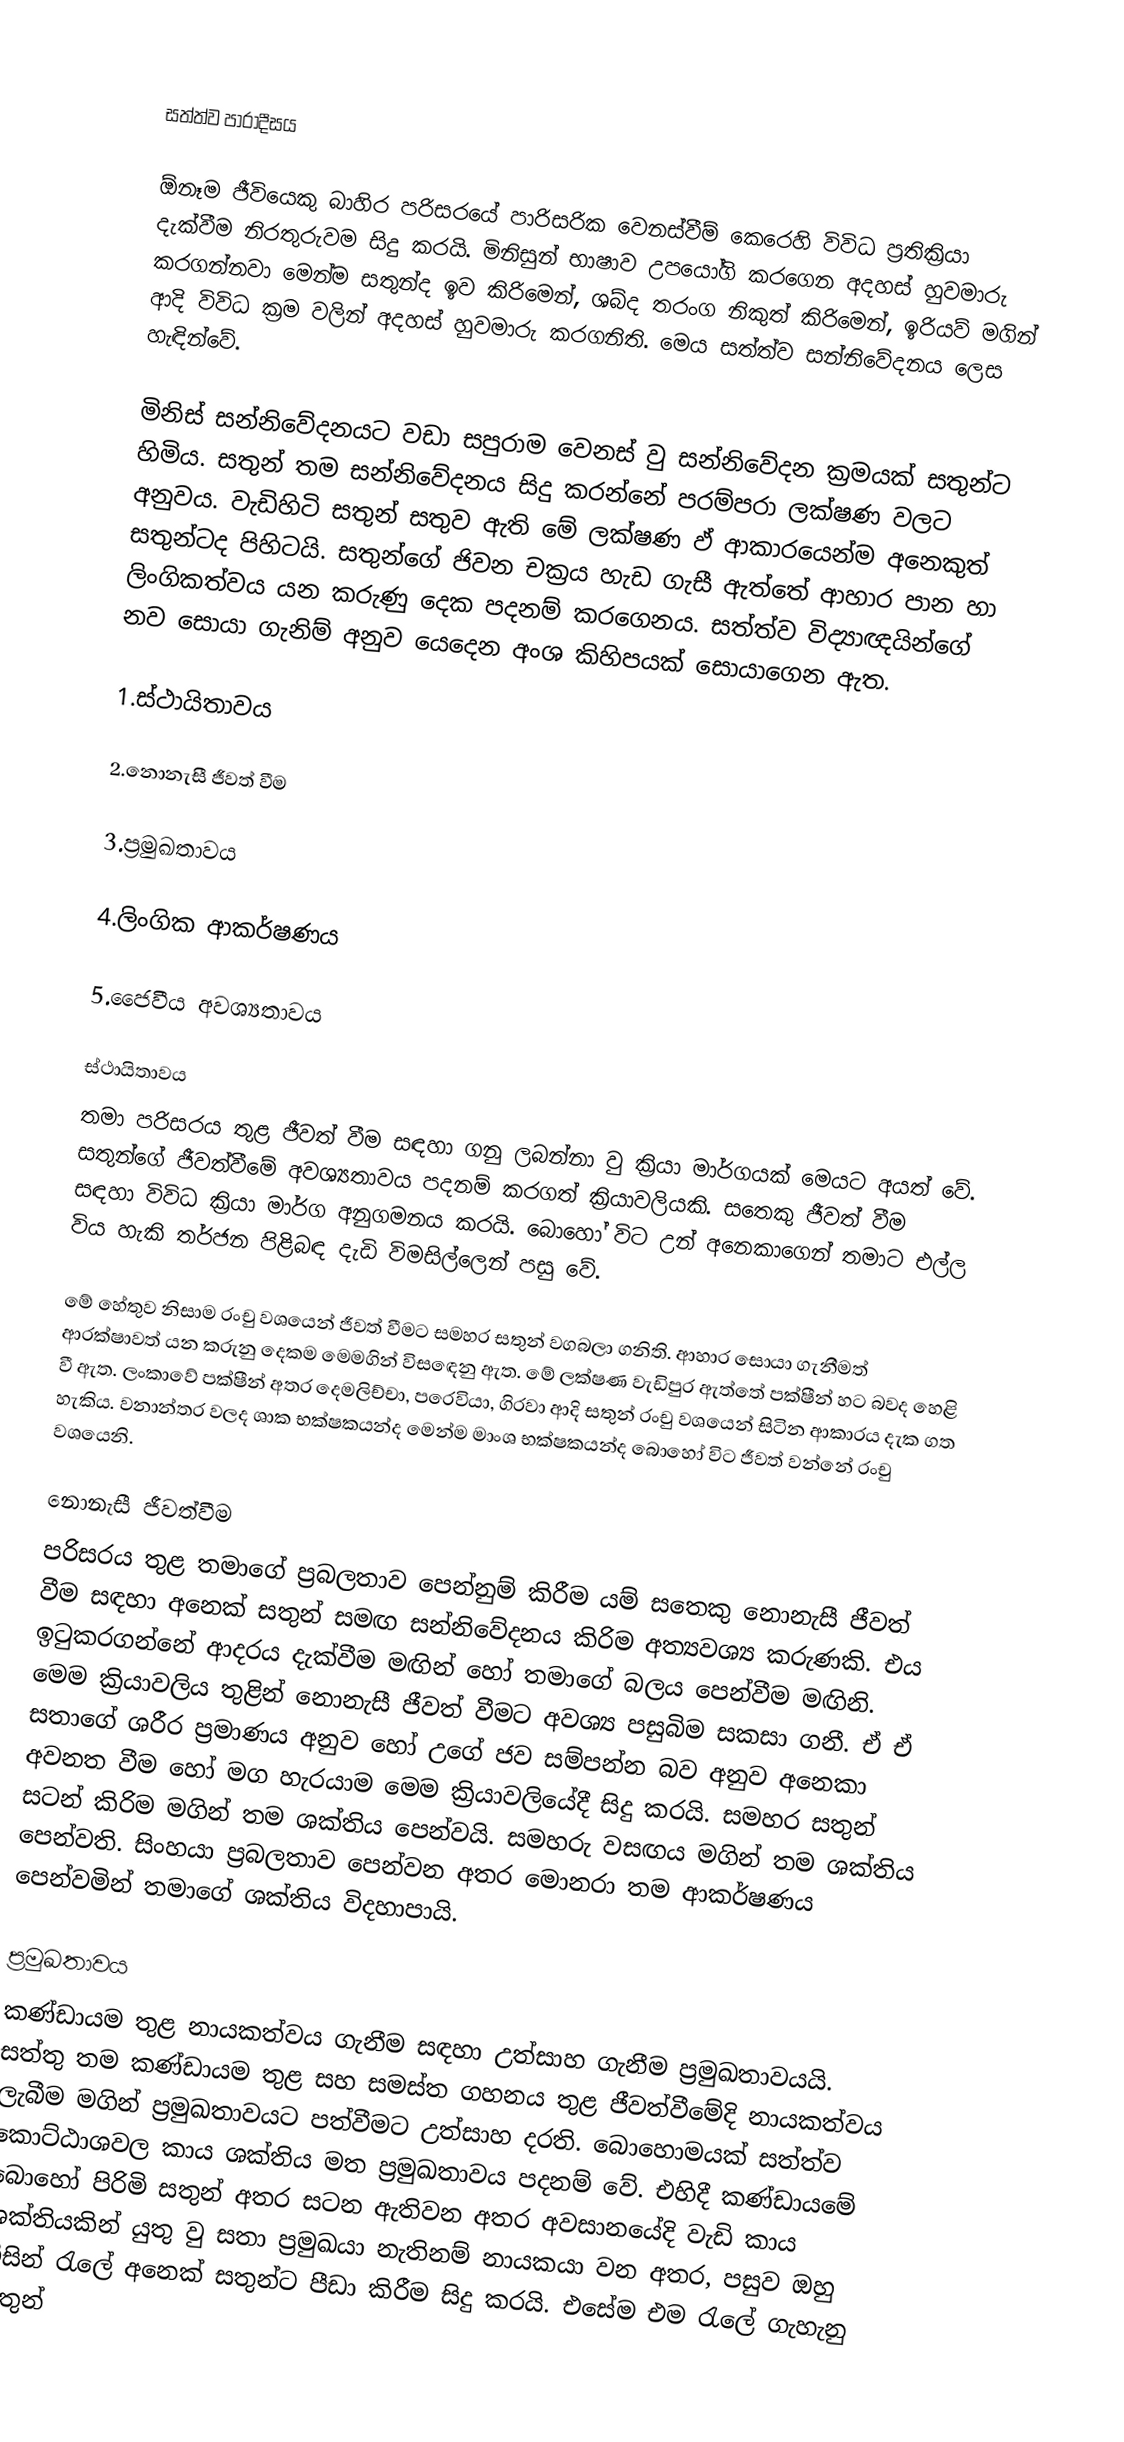

සත්ත්ව පාරාදීසය

ඕනෑම ජීවියෙකු බාහිර පරිසරයේ පාරිසරික වෙනස්වීම් කෙරෙහි විවිධ ප්‍රතික්‍රියා දැක්වීම නිරතුරුවම සිදු කරයි‍. මිනිසුන් භාෂාව උපයෝගි කරගෙන අදහස් හුවමාරු කරගන්නවා මෙන්ම සතුන්ද ඉව කිරිමෙන්, ශබ්ද තරංග නිකුත් කිරිමෙන්, ඉරියව් මගින් ආදි විවිධ ක්‍රම වලින් අදහස් හුවමාරු කරගනිති. මෙය සත්ත්ව සන්නිවේදනය ලෙස හැඳින්වේ.

මිනිස් සන්නිවේදනයට වඩා සපුරාම වෙනස් වු සන්නිවේදන ක්‍රමයක් සතුන්ට හිමිය. සතුන් තම සන්නිවේදනය සිදු කරන්නේ පරම්පරා ලක්ෂණ වලට අනුවය. වැඩිහිටි සතුන් සතුව ඇති මේ ලක්ෂණ ඵ් ආකාරයෙන්ම අනෙකුත් සතුන්ටද පිහිටයි. සතුන්ගේ ජිවන චක්‍රය හැඩ ගැසී ඇත්තේ ආහාර පාන හා ලිංගිකත්වය යන කරුණු දෙක පදනම් කරගෙනය. සත්ත්ව විද්‍යාඥයින්ගේ නව සොයා ගැනිම් අනුව යෙදෙන අංශ කිහිපයක් සොයාගෙන ඇත.

		1.ස්ථායිතාවය

		2.නොනැසී ජීවත් වීම

		3.ප්‍රමුඛතාවය

		4.ලිංගික ආකර්ෂණය

		5.ජෛවීය අවශ්‍යතාවය

ස්ථායිතාවය
තමා පරිසරය තුළ ජීවත් වීම සඳහා ගනු ලබන්නා වු ක්‍රියා මාර්ගයක් මෙයට අයත් වේ. සතුන්ගේ ජීවත්වීමේ අවශ්‍යතාවය පදනම් කරගත් ක්‍රියාවලියකි. ස‍තෙකු ජීවත් වීම සඳහා විවිධ ක්‍රියා මාර්ග අනුගමනය කරයි. බොහෝ විට උන් අනෙකාගෙන් තමාට එල්ල විය හැකි තර්ජන පිළිබඳ දැඩි විමසිල්ලෙන් පසු වේ.

මේ හේතුව නිසාම රංචු වශයෙන් ජීවත් වීමට සමහර සතුන් වගබලා ගනිති. ආහාර සොයා ගැනීමත් ආරක්ෂාවත් යන කරුනු දෙකම මෙමගින් විසඳෙනු ඇත. මේ ලක්ෂණ වැඩිපුර ඇත්තේ පක්ෂීන් හට බවද හෙළි වී ඇත. ලංකාවේ පක්ෂීන් අතර  දෙමලිච්චා, පරෙවියා, ගිරවා ආදි සතුන් රංචු වශයෙන් සිටින ආකාරය දැක ගත හැකිය. වනාන්තර වලද ශාක භක්ෂකයන්ද මෙන්ම මාංශ භක්ෂකයන්ද බොහෝ විට ජීවත් වන්නේ රංචු වශයෙනි.

නොනැසී ජීවත්වීම
පරිසරය තුළ තමාගේ ප්‍රබලතාව පෙන්නුම් කිරීම යම් සතෙකු‍ නොනැසී ජීවත් වීම සඳහා අනෙක් සතුන් සමඟ සන්නිවේදනය කිරිම අත්‍යවශ්‍ය කරුණකි. එය ඉටුකරගන්නේ ආදරය දැක්වීම මඟින් හෝ තමාගේ බලය පෙන්වීම මඟිනි. මෙම ක්‍රියාවලිය තුළින් නොනැසී ජීවත් වීමට අවශ්‍ය පසුබිම සකසා ගනී. ඒ ඒ සතාගේ ශරීර ප්‍රමාණය අනුව හෝ උගේ ජව සම්පන්න බව අනුව අනෙකා අවනත වීම හෝ මග හැරයාම මෙම ක්‍රියාවලියේදී සිදු කරයි. සමහර සතුන් සටන් කිරිම මගින් තම ශක්තිය පෙන්වයි. සමහරු වසඟය මගින් තම ශක්තිය පෙන්වති. සිංහයා ප්‍රබලතාව පෙන්වන අතර මොනරා තම ආකර්ෂණය පෙන්වමින් තමාගේ ශක්තිය විදහාපායි.

ප්‍රමුඛතාවය
කණ්ඩායම තුළ නායකත්වය ගැනීම සඳහා උත්සාහ ගැනීම ප්‍රමුඛතාවයයි. සත්තු තම කණ්ඩායම තුළ සහ සමස්ත ගහනය තුළ ජීවත්වීමේදි නායකත්වය ලැබීම මගින් ප්‍රමුඛතාවයට පත්වීමට උත්සාහ දරති. බොහොමයක් සත්ත්ව කොට්ඨාශවල කාය ශක්තිය මත ප්‍රමුඛතාවය පදනම් වේ. එහිදී කණ්ඩාය‍මේ බොහෝ පිරිමි සතුන් අතර සටන ඇතිවන අතර අවසානයේදි වැඩි කාය ශක්තියකින් යුතු වු සතා ප්‍රමුඛයා නැතිනම් නායකයා වන අතර, පසුව ඔහු විසින් රැලේ අනෙක් සතුන්ට පීඩා කිරීම සිදු කරයි. එසේම එම රැලේ ගැහැනු සතුන්